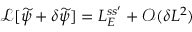
\mathcal { L } [ \widetilde \psi + \delta \widetilde \psi ] = L _ { E } ^ { s s ^ { \prime } } + \mathcal { O } ( \delta L ^ { 2 } )